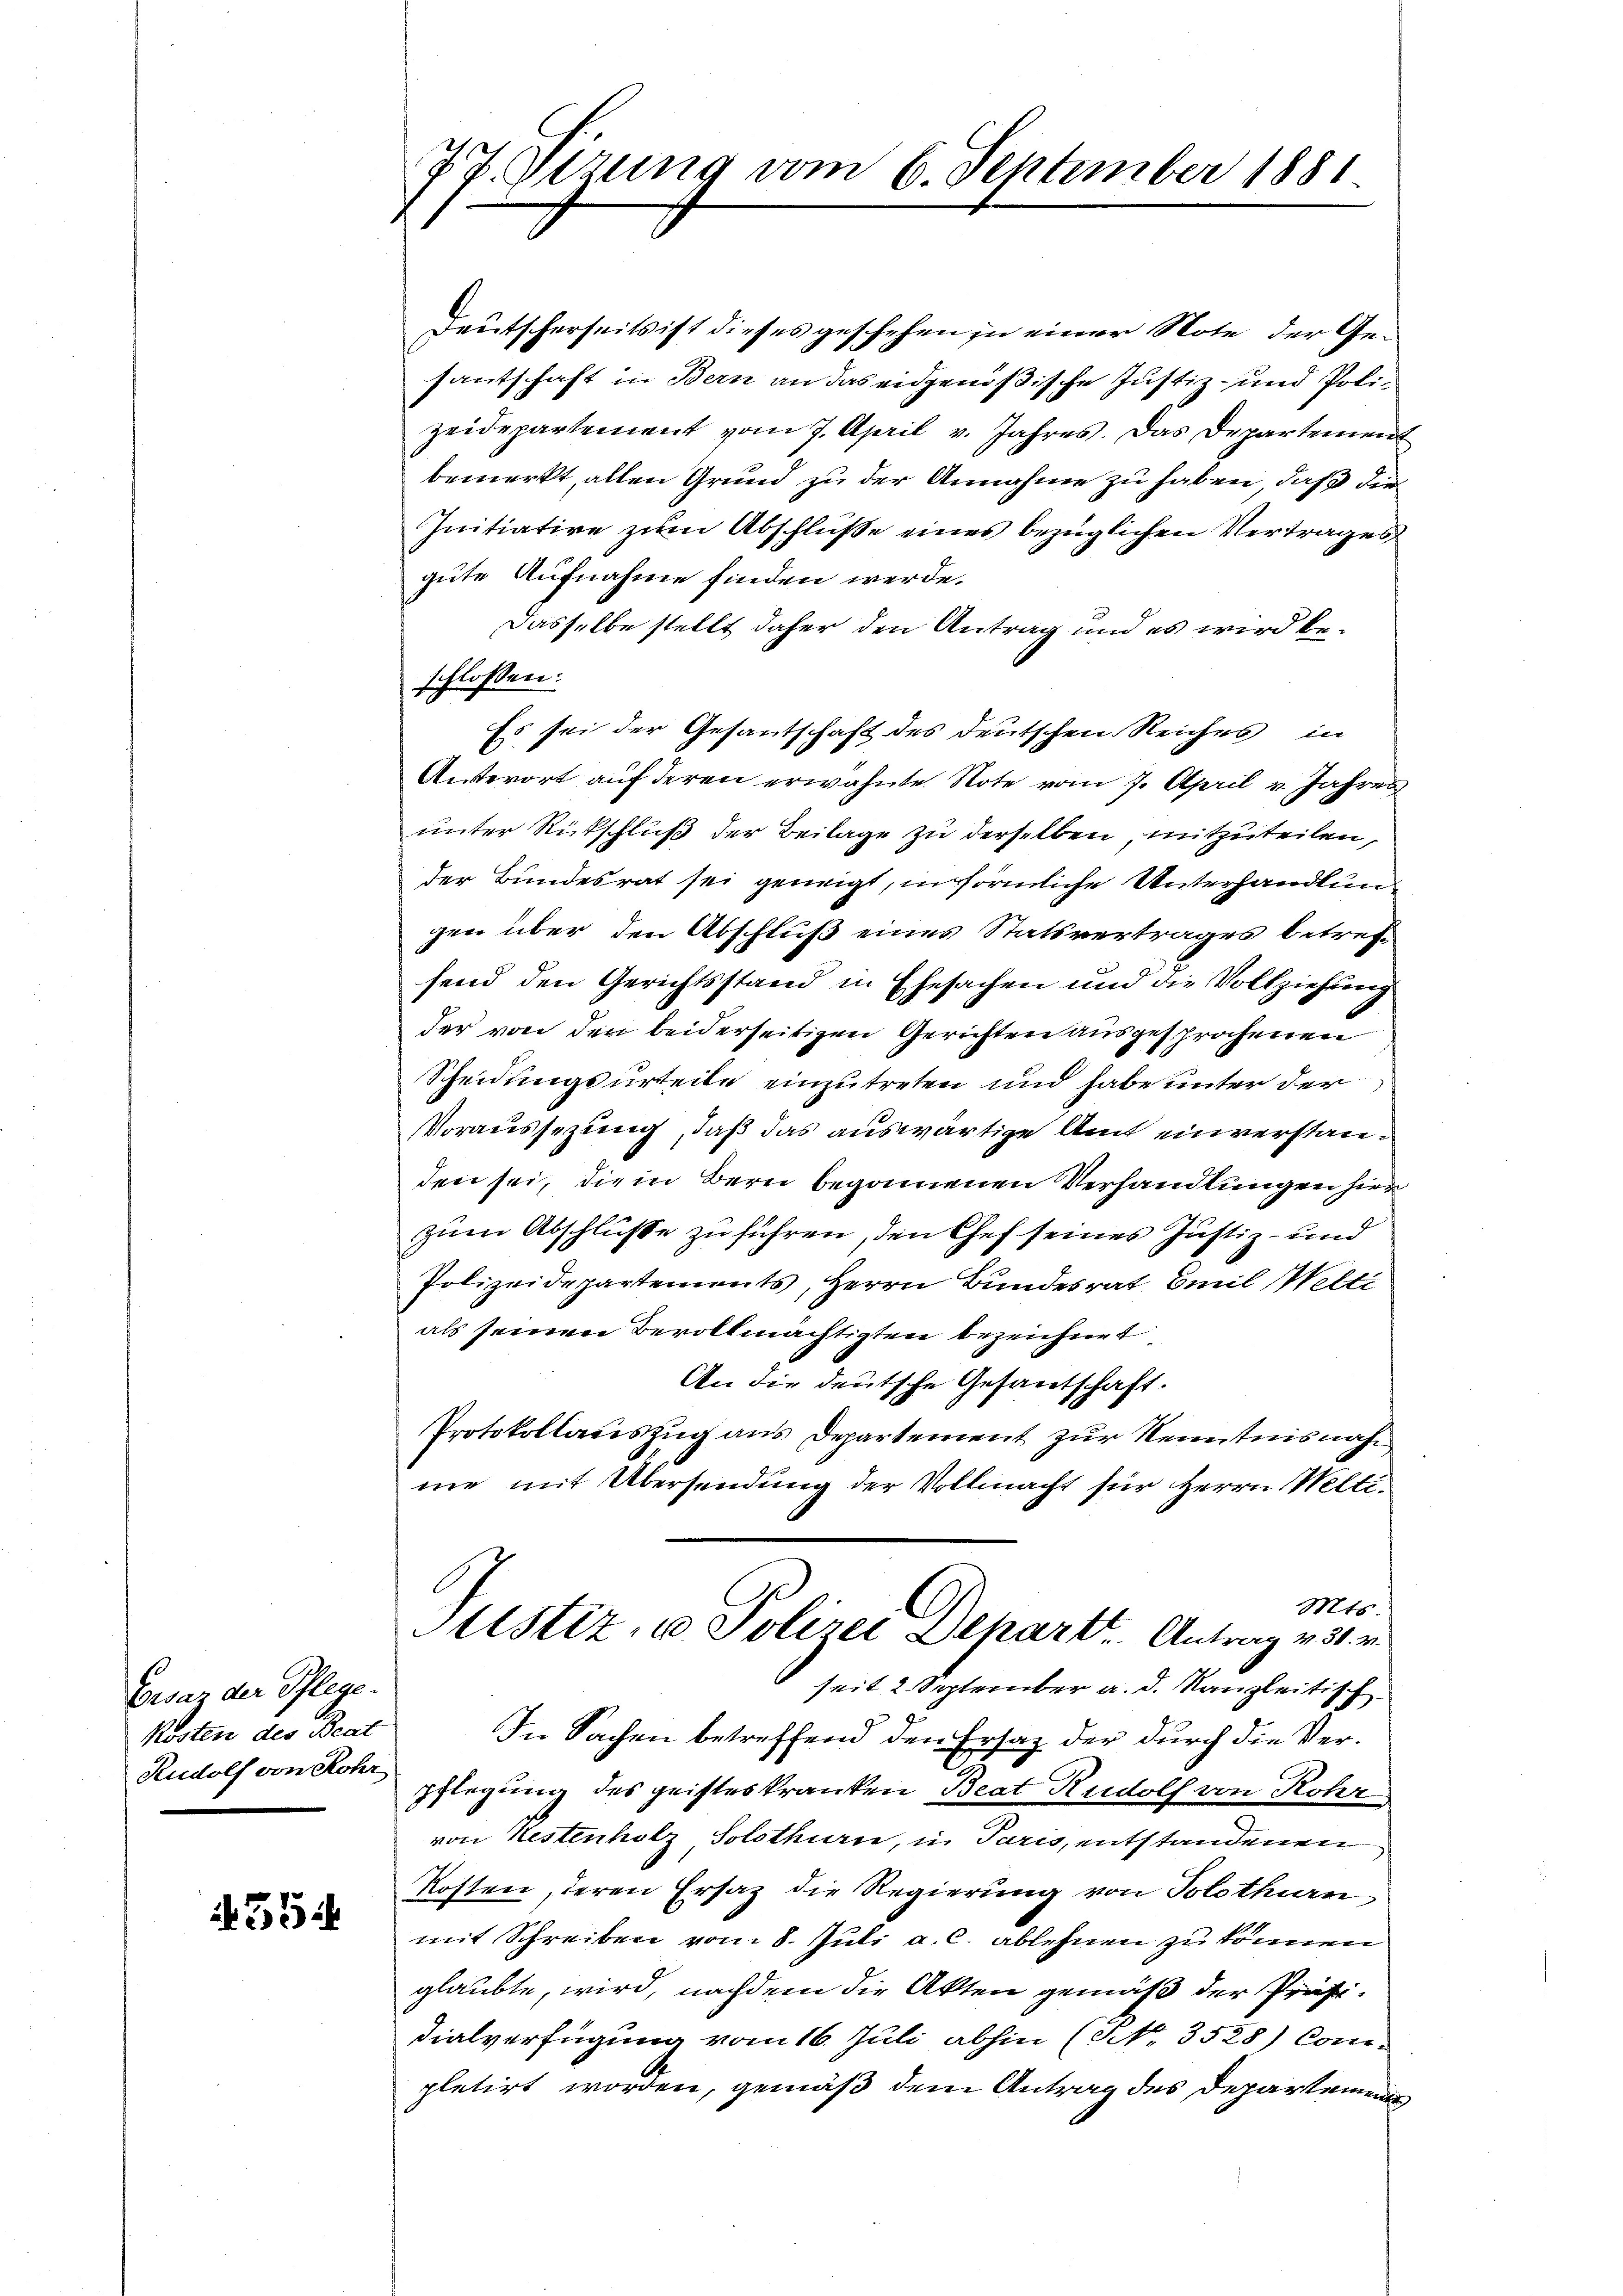
Cesar der Pflege.
Kosten des Beat
Rudolf von Rohr

354

77. Serung vom 6. September 1881

Deutscherseits ist dieses geschehen in einer Note der Gesantschaft in Bern an das eidgenößische Justiz- und Polizeidepartement vom 7. April v. Jahres. Das Departement
bemerkt, allen Grund zu der Annahme zu haben, daß die
Initiative zum Abschluße eines bezüglichen Vertrages
gute Aufnahme finden werde.
Dasselbe stellt daher den Antrag und es wird beschlossen:
Es sei der Gesantschaft des deutschen Reiches in
Anterort auf deren erwähnte Note vom 7. April v. Jahres
unter Rückschluß der Beilage zu derselben, mitzuteilen,
der Bundesrat sei geneigt, in förmliche Unterhandlung
gen über den Abschluß eines Statsvertrages betreffend den Gerichtsstand in Ehesachen und die Vollziehung
der von der beiderseitigen Gerichten ausgesprochenen
Scheidungsurteile einzutreten und habe unter der
Voraussezung, daß das auswärtige Amt einverstanden sei, die in Bern begonnenen Verhandlungen hier
zum Abschlüsse zu führen, den Chef seines Justiz- und
Polizeidepartements, Herrn Bundesrat Emil Welti
als seinen Bevollmächtigten bezeichnet
An die deutsche Gesantschaft.
Protokollauszug aus Departement zur Kenntnisnahme mit Übersendung der Vollmacht für Herrn Welti
Mts.
Mustiz- u Polizei Depart. Antrag v. 31. v.
seit 2 September a. d. Kanzleitisch
In Sachen betreffend den Ersatz der durch die Verpflegung des geisteskranken Beat Rudolf von Rohr
von Nestenholz Solothurn, in Paris, entstandenen
Kosten, deren Ersaz die Regierung von Solothurn
mit Schreiben vom 8. Juli a. c. ablehnen zu können
glaubte, wird, nachdem die Akten gemäß der Präsidialverfügung vom 16. Juli abhin (NNo. 3588) Com-
pletirt worden, gemäß dem Antrag des Departemen